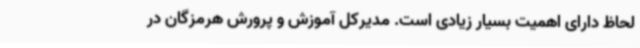
لحاظ دارای اهمیت بسیار زیادی است. مدیرکل آموزش و پرورش هرمزگان در